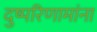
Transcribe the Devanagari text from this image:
दुष्परिणामांना